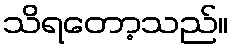
သိရတော့သည်။